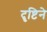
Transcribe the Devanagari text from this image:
दॄष्टिने